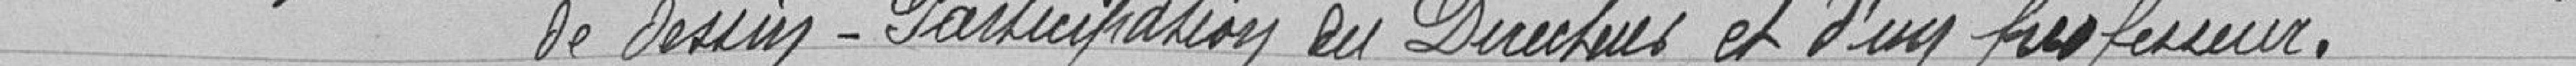
de dessin - Participation du Directeur et d'un professeur.